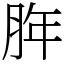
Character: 脌